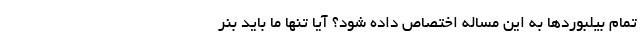
تمام بیلبوردها به این مساله اختصاص داده شود؟ آیا تنها ما باید بنر